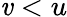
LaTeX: \mathit{v}<u